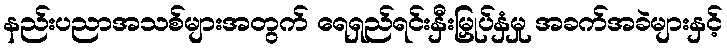
နည်းပညာအသစ်များအတွက် ရေရှည်ရင်းနှီးမြှုပ်နှံမှု အခက်အခဲများနှင့်